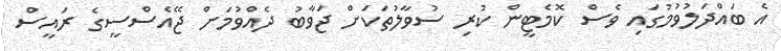
އެ ބައްދަލުވުމުގައި ވެސް ކޮމެޓީން ކުރި ސުވާލުތަކަށް ޖަވާބު ދެއްވުމަށް ޖޭއެސްސީގެ ރައީސް